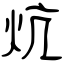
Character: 炕